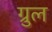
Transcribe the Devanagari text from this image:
ग्रुल